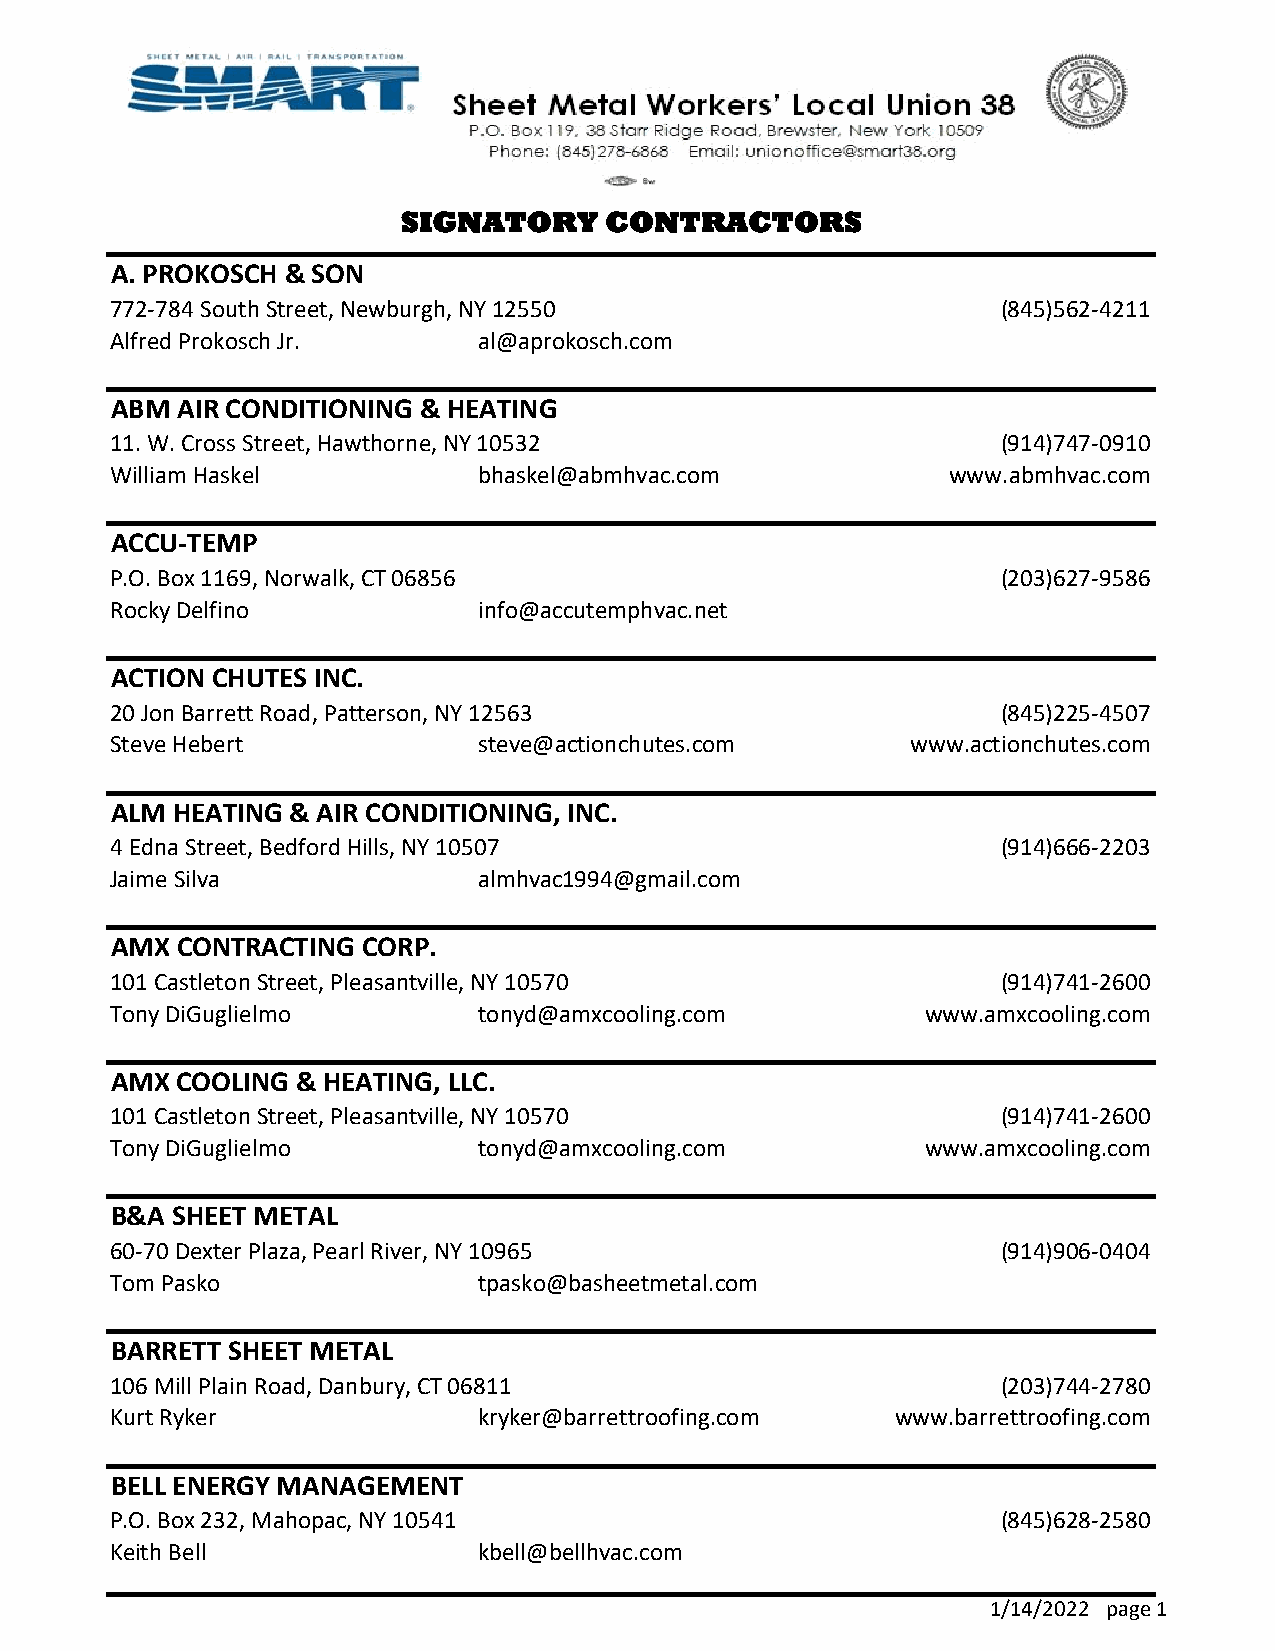
SIGNATORY    CONTRACTORS
 A. PROKOSCH & SON
 772-784 South Street, Newburgh, NY 12550                   (845)562-4211
 Alfred Prokosch Jr.      al@aprokosch.com
 ABM  AIR CONDITIONING & HEATING
 11. W. Cross Street, Hawthorne, NY 10532                   (914)747-0910
 William Haskel           bhaskel@abmhvac.com            www.abmhvac.com
 ACCU-TEMP
 P.O. Box 1169, Norwalk, CT 06856                           (203)627-9586
 Rocky Delfino            info@accutemphvac.net
 ACTION CHUTES INC.
 20 Jon Barrett Road, Patterson, NY 12563                   (845)225-4507
 Steve Hebert             steve@actionchutes.com      www.actionchutes.com
 ALM HEATING & AIR CONDITIONING, INC.
 4 Edna Street, Bedford Hills, NY 10507                     (914)666-2203
 Jaime Silva              almhvac1994@gmail.com
 AMX  CONTRACTING CORP.
 101 Castleton Street, Pleasantville, NY 10570              (914)741-2600
 Tony DiGuglielmo         tonyd@amxcooling.com         www.amxcooling.com
 AMX  COOLING & HEATING, LLC.
 101 Castleton Street, Pleasantville, NY 10570              (914)741-2600
 Tony DiGuglielmo         tonyd@amxcooling.com         www.amxcooling.com
 B&A SHEET METAL
 60-70 Dexter Plaza, Pearl River, NY 10965                  (914)906-0404
 Tom Pasko                tpasko@basheetmetal.com
 BARRETT SHEET METAL
 106 Mill Plain Road, Danbury, CT 06811                     (203)744-2780
 Kurt Ryker               kryker@barrettroofing.com  www.barrettroofing.com
 BELL ENERGY MANAGEMENT
 P.O. Box 232, Mahopac, NY 10541                            (845)628-2580
 Keith Bell               kbell@bellhvac.com
 1/14/2022 page 1